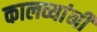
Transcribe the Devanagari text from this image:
कालव्यांनी